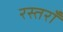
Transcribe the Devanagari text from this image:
रस्तराँ